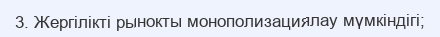
3. Жергілікті рынокты монополизациялау мүмкіндігі;